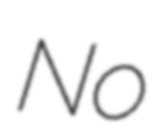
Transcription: No